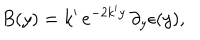
B ( y ) = k ^ { \prime } \, e ^ { - 2 k ^ { \prime } y } \, \partial _ { y } \epsilon ( y ) ,